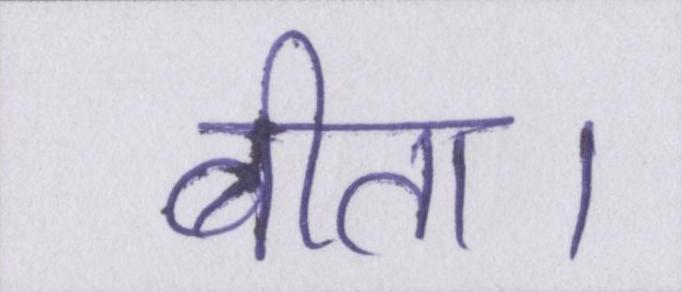
बीता।